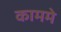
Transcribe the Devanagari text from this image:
काममे